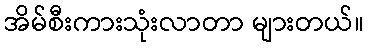
အိမ်စီးကားသုံးလာတာ များတယ်။